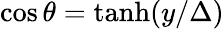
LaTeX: \cos\theta=\operatorname{tanh}(y/\Delta)